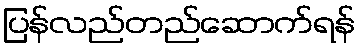
ပြန်လည်တည်ဆောက်ရန်